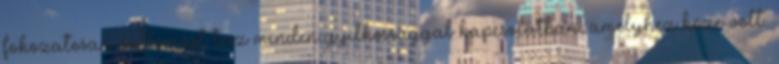
fokozatosan vallomást tesz minden gyilkossággal kapcsolatban, amelyhez köze volt.